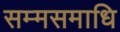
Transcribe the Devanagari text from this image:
सम्मसमाधि